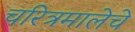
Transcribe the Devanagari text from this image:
चरित्रमालेचे